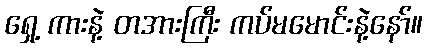
ရှေ့ ကားနဲ့ တအားကြီး ကပ်မမောင်းနဲ့နော်။